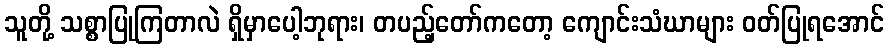
သူတို့ သစ္စာပြုကြတာလဲ ရှိမှာပေါ့ဘုရား၊ တပည့်တော်ကတော့ ကျောင်းသံဃာများ ဝတ်ပြုရအောင်